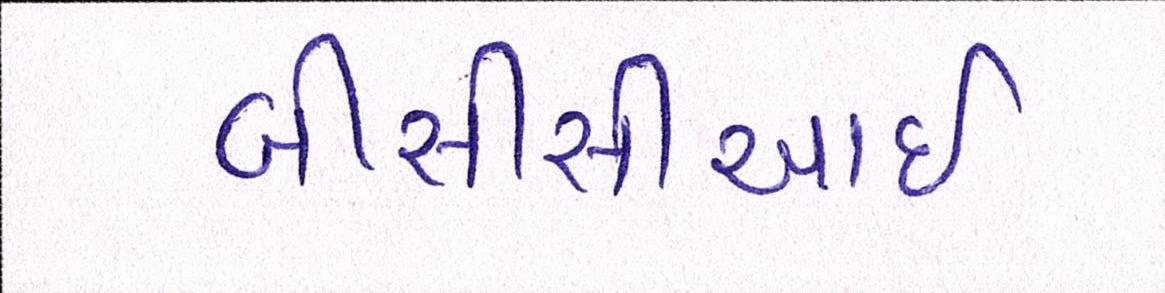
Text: બીસીસીઆઇ